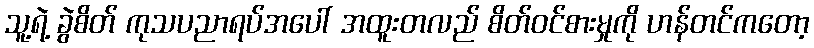
သူ့ရဲ့ ခွဲစိတ် ကုသပညာရပ်အပေါ် အထူးတလည် စိတ်ဝင်စားမှုကို ဟန်တင်ကတော့